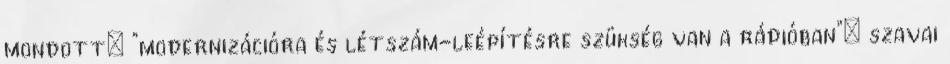
mondott: "modernizációra és létszám-leépítésre szükség van a rádióban"; szavai